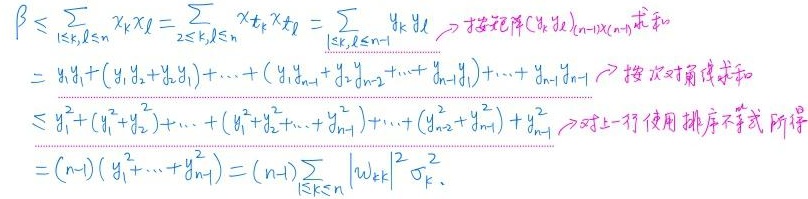
\[
\begin{align*}
\beta&\leq\sum_{1\leq k,l\leq n}x_{k}x_{l}=\sum_{2\leq k,l\leq n}x_{k}x_{l}=\sum_{1\leq k,l\leq n - 1}y_{k}y_{l}\to \text{ 按矩阵 }(y_{k}y_{l})_{(n - 1)\times(n - 1)}\text{ 求和}\\
&=y_{1}y_{1}+(y_{1}y_{2}+y_{2}y_{1})+\cdots+(y_{1}y_{n - 1}+y_{2}y_{n - 2}+\cdots+y_{n - 1}y_{1})+\cdots+y_{n - 1}y_{n - 1}\to \text{ 按次对角求和}\\
&\leq y_{1}^{2}+(y_{1}^{2}+y_{2}^{2})+\cdots+(y_{1}^{2}+y_{2}^{2}+\cdots+y_{n - 1}^{2})+\cdots+(y_{n - 2}^{2}+y_{n - 1}^{2})+y_{n - 1}^{2}\to \text{ 对上一行使用排序不等式所得}\\
&=(n - 1)(y_{1}^{2}+\cdots+y_{n - 1}^{2})=(n - 1)\sum_{1\leq k\leq n}|w_{k}|^{2}\sigma_{k}^{2}.
\end{align*}
\]